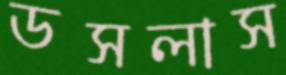
ডসলাস